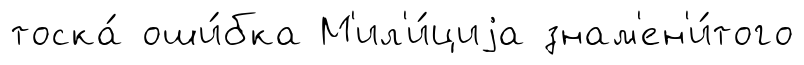
тоска́ оши́бка М'ил'и́циjа знам'ен'и́того